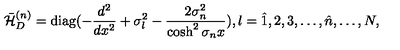
\bar { \cal H } _ { D } ^ { ( n ) } = \mathrm { d i a g } ( - \frac { d ^ { 2 } } { d x ^ { 2 } } + \sigma _ { l } ^ { 2 } - \frac { 2 \sigma _ { n } ^ { 2 } } { \cosh ^ { 2 } \sigma _ { n } x } ) , l = \hat { 1 } , 2 , 3 , \ldots , \hat { n } , \ldots , N ,